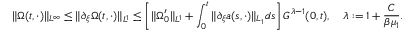
\| \Omega ( t , \cdot ) \| _ { L ^ { \infty } } \leq \| \partial _ { \xi } \Omega ( t , \cdot ) \| _ { L ^ { 1 } } \leq \left[ \| \Omega _ { 0 } ^ { \prime } \| _ { L ^ { 1 } } + \int _ { 0 } ^ { t } \| \partial _ { \xi } a ( s , \cdot ) \| _ { L _ { 1 } } d s \right] G ^ { \lambda - 1 } ( 0 , t ) , \quad \lambda : = 1 + \frac { C } { \beta \mu _ { 1 } } .